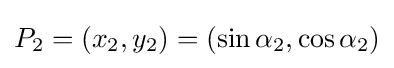
{\displaystyle }P_{2}=(x_{2},y_{2})=(\sin {\alpha _{2}},\cos {\alpha _{2}})